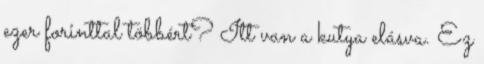
ezer forinttal többért? Itt van a kutya elásva. Ez